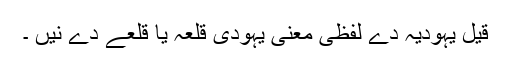
قیل یہودیہ دے لفظی معنی یہودی قلعہ یا قلعے دے نيں ۔